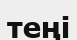
теңі